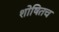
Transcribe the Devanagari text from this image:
शोषितच